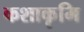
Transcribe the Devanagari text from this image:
कशाकृमि